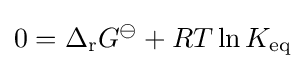
0=\Delta _{\mathrm {r} }G^{\ominus }+RT\ln K_{\mathrm {eq} }